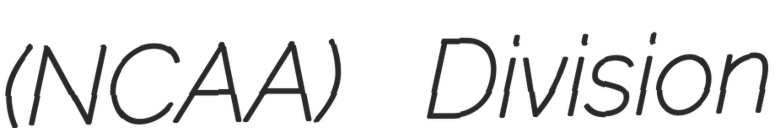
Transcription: (NCAA) Division